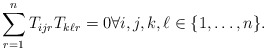
\begin{align*}\sum_{r=1}^n{T_{ijr}T_{k\ell r}} = 0 \forall i,j,k, \ell \in \{1,\ldots,n\}.\end{align*}